Insane asylums Bombay 1873-77 - 1873-1877
Year: 1873
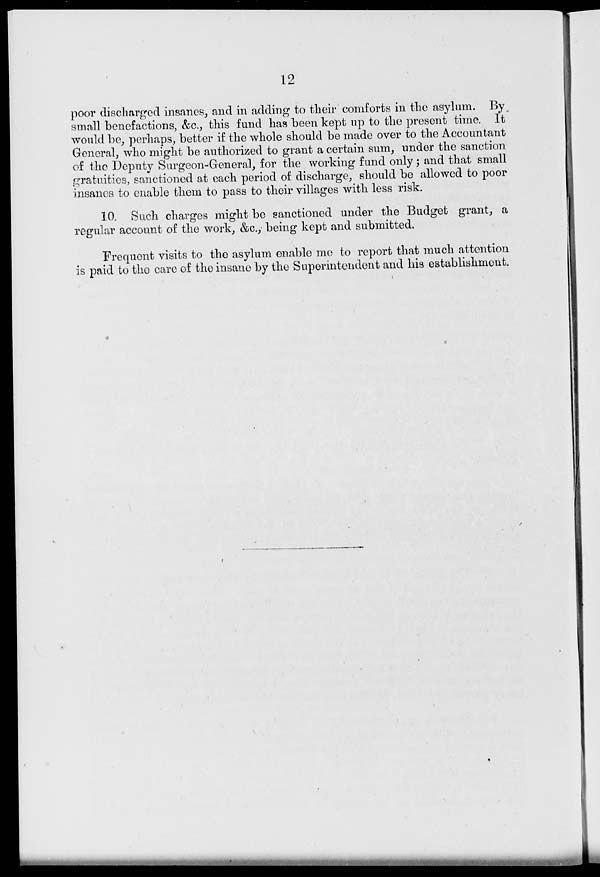
12
poor discharged insanes, and in adding to their comforts in the asylum. By
small benefactions, &c., this fund has been kept up to the present time. It
would be, perhaps, better if the whole should be made over to the Accountant
General, who might be authorized to grant a certain sum, under the sanction
of the Deputy Surgeon-General, for the working fund only ; and that small
gratuities, sanctioned at each period of discharge, should be allowed to poor
insanes to enable them to pass to their villages with less risk.
10. Such charges might be sanctioned under the Budget grant, a
regular account of the work, &c., being kept and submitted.
Frequent visits to the asylum enable me to report that much attention
is paid to the care of the insane by the Superintendent and his establishment.